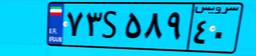
۷۳S۵۸۹۴۰